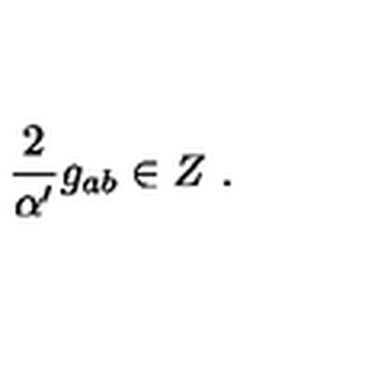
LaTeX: { \frac { 2 } { \alpha ^ { \prime } } } g _ { a b } \in Z \ .